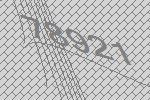
78921